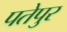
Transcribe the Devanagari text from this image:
पतेपुर